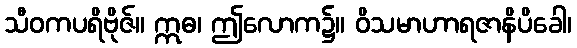
သီဝကပရိဗိုဇ်။ ဣဓ၊ ဤလောက၌။ ဝိသမာဟာရဇာနိပိခေါ၊